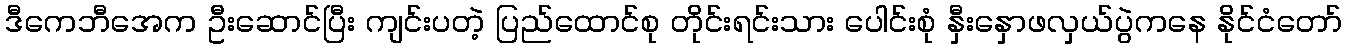
ဒီကေဘီအေက ဦးဆောင်ပြီး ကျင်းပတဲ့ ပြည်ထောင်စု တိုင်းရင်းသား ပေါင်းစုံ နှီးနှောဖလှယ်ပွဲကနေ နိုင်ငံတော်